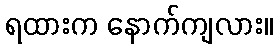
ရထားက နောက်ကျလား။